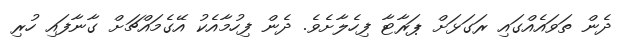
ދެން ތަވައެއްގައި ރަގަޅަށް ޕަރާޓާ ފިހެލާށެވެ. ދެން ފިހުމާއެކު އޭގެމައްޗަށް ގާނާފައި ހުރި